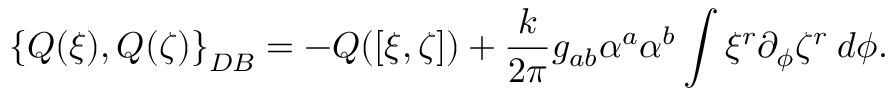
\left\{ Q ( \xi ) , Q ( \zeta ) \right\} _ { D B } = - Q ( [ \xi , \zeta ] ) + { \frac { k } { 2 \pi } } g _ { a b } \alpha ^ { a } \alpha ^ { b } \int \xi ^ { r } \partial _ { \phi } \zeta ^ { r } \: d \phi .